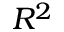
R ^ { 2 }